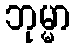
ဘုမ္မာ